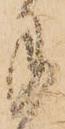
手